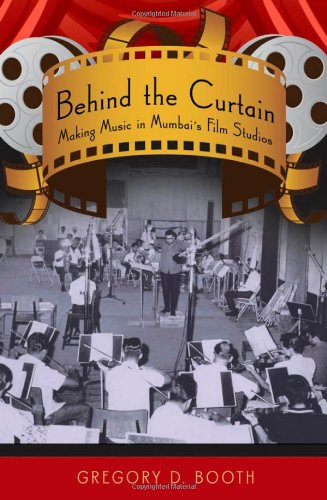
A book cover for Behind the Curtain: Making Music in Mumbai's Film Studios; Gregory D. Booth; Humor & Entertainment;